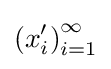
\left(x_{i}'\right)_{i=1}^{\infty }